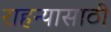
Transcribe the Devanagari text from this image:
राहन्यासाठी